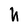
Character: h